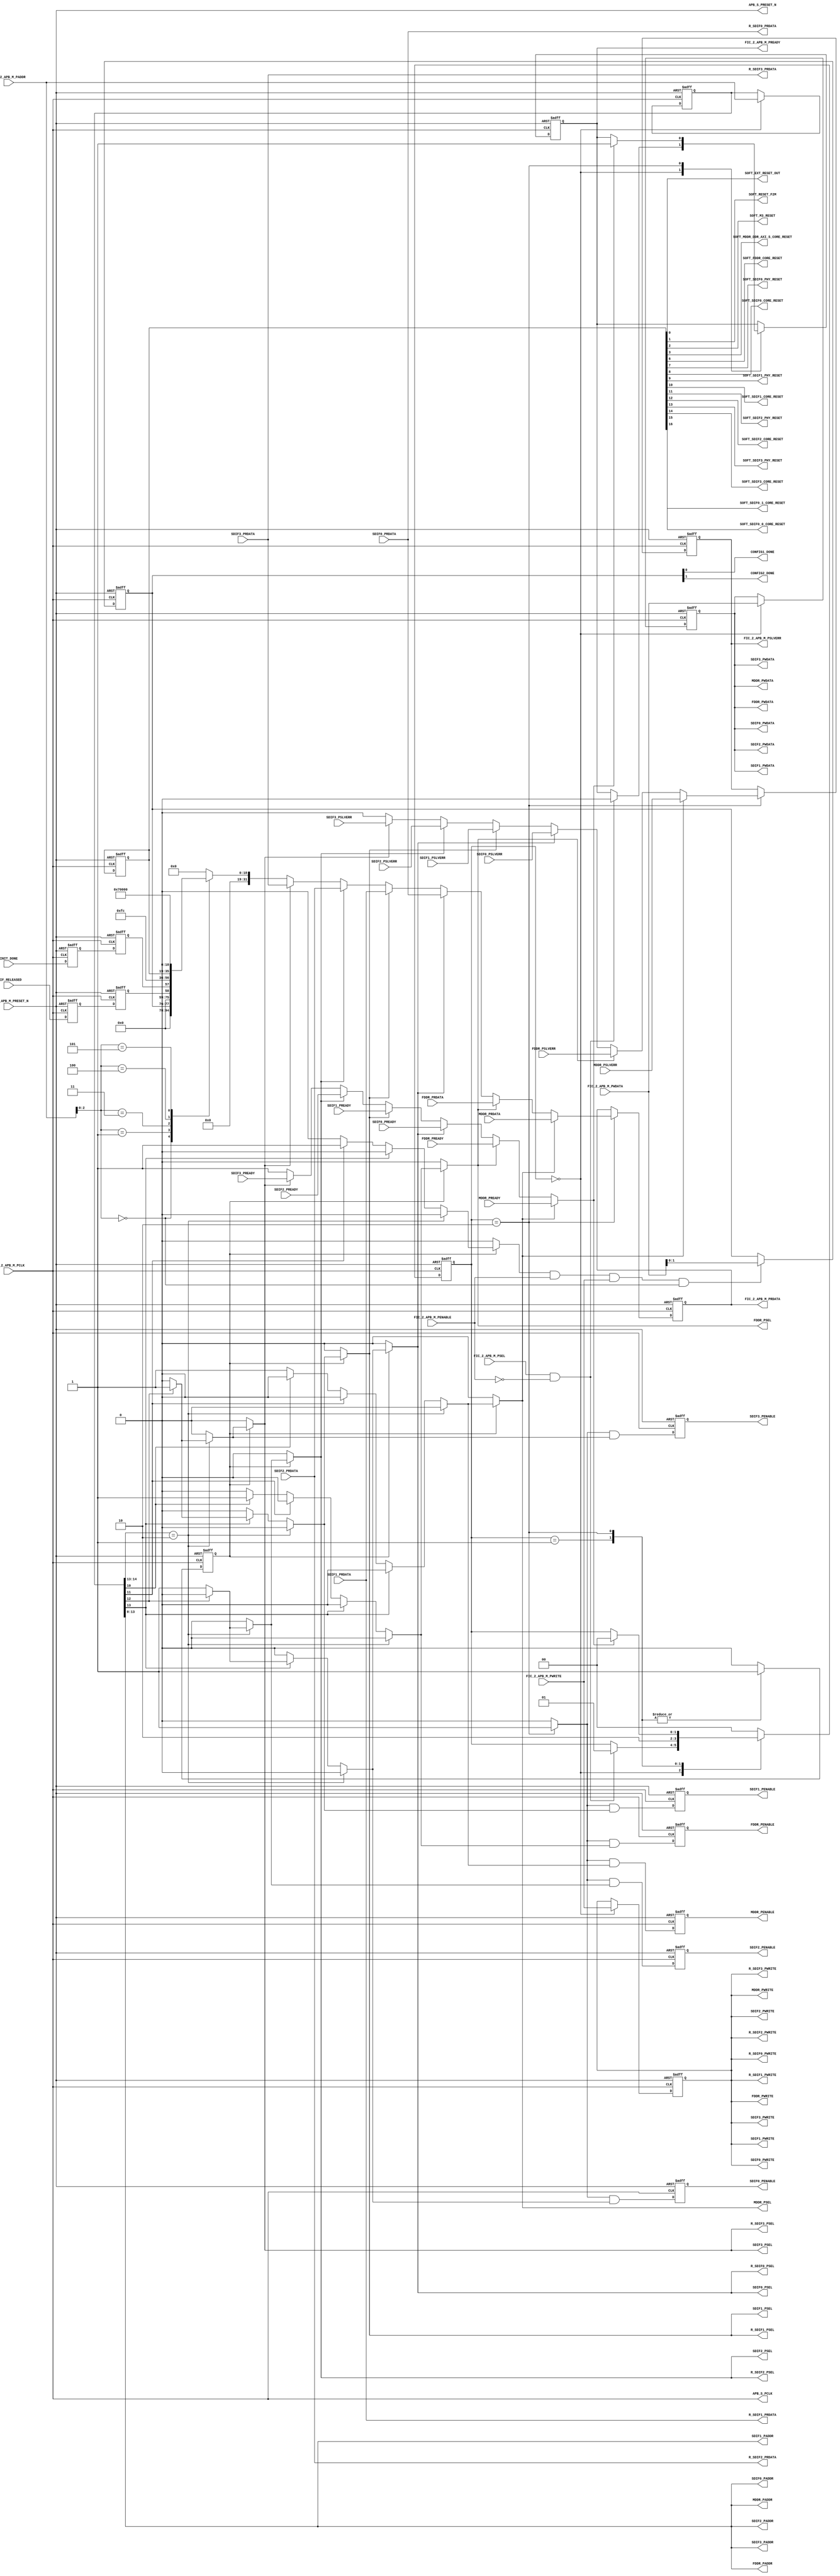
// ***********************************************************************/
// Microsemi Corporation Proprietary and Confidential
// Copyright 2013 Microsemi Corporation.  All rights reserved.
//
// ANY USE OR REDISTRIBUTION IN PART OR IN WHOLE MUST BE HANDLED IN
// ACCORDANCE WITH THE ACTEL LICENSE AGREEMENT AND MUST BE APPROVED
// IN ADVANCE IN WRITING.
//
// Description:	CoreConfigP
//				Soft IP core for facilitating configuration of peripheral
//              blocks (MDDR, FDDR, SERDESIF) in a SmartFusion2 or IGLOO2
//              device.
//
// SVN Revision Information:
// SVN $Revision: 22264 $
// SVN $Date: 2014-04-02 15:55:11 +0100 (Wed, 02 Apr 2014) $
//
// Notes:
//
// ***********************************************************************/

module CoreConfigP (
    // APB_2 interface
    input               FIC_2_APB_M_PRESET_N,
    input               FIC_2_APB_M_PCLK,
    input               FIC_2_APB_M_PSEL,
    input               FIC_2_APB_M_PENABLE,
    input               FIC_2_APB_M_PWRITE,
    input        [16:2] FIC_2_APB_M_PADDR,
    input        [31:0] FIC_2_APB_M_PWDATA,
    output  reg  [31:0] FIC_2_APB_M_PRDATA,
    output  reg         FIC_2_APB_M_PREADY,
    output  reg         FIC_2_APB_M_PSLVERR,
    // Clock and reset to slaves
    output  reg         APB_S_PCLK,
    output  reg         APB_S_PRESET_N,
    // MDDR
    output  reg         MDDR_PSEL,
    output  reg         MDDR_PENABLE,
    output  reg         MDDR_PWRITE,
    output  reg  [15:2] MDDR_PADDR,
    output  reg  [31:0] MDDR_PWDATA,
    input        [31:0] MDDR_PRDATA,
    input               MDDR_PREADY,
    input               MDDR_PSLVERR,
    // FDDR
    output  reg         FDDR_PSEL,
    output  reg         FDDR_PENABLE,
    output  reg         FDDR_PWRITE,
    output  reg  [15:2] FDDR_PADDR,
    output  reg  [31:0] FDDR_PWDATA,
    input        [31:0] FDDR_PRDATA,
    input               FDDR_PREADY,
    input               FDDR_PSLVERR,
    // SERDESIF_0
    output  reg         SDIF0_PSEL,
    output  reg         SDIF0_PENABLE,
    output  reg         SDIF0_PWRITE,
    output  reg  [15:2] SDIF0_PADDR,
    output  reg  [31:0] SDIF0_PWDATA,
    input        [31:0] SDIF0_PRDATA,
    input               SDIF0_PREADY,
    input               SDIF0_PSLVERR,
    // SERDESIF_1
    output  reg         SDIF1_PSEL,
    output  reg         SDIF1_PENABLE,
    output  reg         SDIF1_PWRITE,
    output  reg  [15:2] SDIF1_PADDR,
    output  reg  [31:0] SDIF1_PWDATA,
    input        [31:0] SDIF1_PRDATA,
    input               SDIF1_PREADY,
    input               SDIF1_PSLVERR,
    // SERDESIF_2
    output  reg         SDIF2_PSEL,
    output  reg         SDIF2_PENABLE,
    output  reg         SDIF2_PWRITE,
    output  reg  [15:2] SDIF2_PADDR,
    output  reg  [31:0] SDIF2_PWDATA,
    input        [31:0] SDIF2_PRDATA,
    input               SDIF2_PREADY,
    input               SDIF2_PSLVERR,
    // SERDESIF_3
    output  reg         SDIF3_PSEL,
    output  reg         SDIF3_PENABLE,
    output  reg         SDIF3_PWRITE,
    output  reg  [15:2] SDIF3_PADDR,
    output  reg  [31:0] SDIF3_PWDATA,
    input        [31:0] SDIF3_PRDATA,
    input               SDIF3_PREADY,
    input               SDIF3_PSLVERR,
    // Some SDIF APB port signals are replicated for connection to
    // CoreResetP. The PRDATA buses from the SDIF blocks carry status
    // information when a read is not in progress, and this status info
    // is used within CoreResetP.
    output  reg         R_SDIF0_PSEL,
    output  reg         R_SDIF0_PWRITE,
    output  reg  [31:0] R_SDIF0_PRDATA,
    output  reg         R_SDIF1_PSEL,
    output  reg         R_SDIF1_PWRITE,
    output  reg  [31:0] R_SDIF1_PRDATA,
    output  reg         R_SDIF2_PSEL,
    output  reg         R_SDIF2_PWRITE,
    output  reg  [31:0] R_SDIF2_PRDATA,
    output  reg         R_SDIF3_PSEL,
    output  reg         R_SDIF3_PWRITE,
    output  reg  [31:0] R_SDIF3_PRDATA,

    output  reg         CONFIG1_DONE,
    input               SDIF_RELEASED,
    output  reg         CONFIG2_DONE,
    input               INIT_DONE,

    output  reg         SOFT_EXT_RESET_OUT,
    output  reg         SOFT_RESET_F2M,
    output  reg         SOFT_M3_RESET,
    output  reg         SOFT_MDDR_DDR_AXI_S_CORE_RESET,
    output  reg         SOFT_FDDR_CORE_RESET,
    output  reg         SOFT_SDIF0_PHY_RESET,
    output  reg         SOFT_SDIF0_CORE_RESET,
    output  reg         SOFT_SDIF1_PHY_RESET,
    output  reg         SOFT_SDIF1_CORE_RESET,
    output  reg         SOFT_SDIF2_PHY_RESET,
    output  reg         SOFT_SDIF2_CORE_RESET,
    output  reg         SOFT_SDIF3_PHY_RESET,
    output  reg         SOFT_SDIF3_CORE_RESET,
    // The following two signals are used when targeting an 090/7500 device
    // which has two PCIe controllers within a single SERDES interface
    // block.
    output  reg         SOFT_SDIF0_0_CORE_RESET,
    output  reg         SOFT_SDIF0_1_CORE_RESET
    );

    parameter FAMILY = 19;

    // Use the following parameters to indicate whether or not a particular
    // peripheral block is being used.
    parameter MDDR_IN_USE  = 1;
    parameter FDDR_IN_USE  = 1;
    parameter SDIF0_IN_USE = 1;
    parameter SDIF1_IN_USE = 1;
    parameter SDIF2_IN_USE = 1;
    parameter SDIF3_IN_USE = 1;

    // Following are used to indicate if a particular SDIF block is used
    // for PCIe.
    parameter SDIF0_PCIE   = 0;
    parameter SDIF1_PCIE   = 0;
    parameter SDIF2_PCIE   = 0;
    parameter SDIF3_PCIE   = 0;

    // Set the following parameter to 1 to include the SOFT_RESET control
    // register. This is used to control SOFT_* outputs.
    // These outputs can be used in CoreResetP to directly control its
    // various reset outputs.
    parameter ENABLE_SOFT_RESETS = 0;

    // Set the DEVICE_090 parameter to 1 when an 090/7500 device is being
    // targeted, otherwise set to 0.
    // When DEVICE_090 = 1, the address space normally allocated to
    // SERDESIF_0 and SERDESIF_1 is allocated to SERDESIF_0 only. This is
    // to support the SERDES interface used in the 090/7500 device which
    // contains two PCIe controllers. The extra address space allows the
    // two PCIe controllers to be accessed.
    // (An extra configuration address bit is taken into the SERDES
    //  interface on an 090/7500 device. The SERDES block used in this
    //  device gets address bits [14:2] whereas the SERDES blocks in other
    //  devices receive address bits [13:2].)
    parameter DEVICE_090    = 0;

    // A read only version register is used to inform software of the
    // capabilities of this core. For example, versions prior to 7.0
    // did not have an SDIF_RELEASED status bit, so any software that polls
    // this bit would hang if used with an earlier version of the core.
    localparam VERSION_MAJOR = 7;
    localparam VERSION_MINOR = 0;

    localparam [15:0] VERSION_MAJOR_VECTOR = VERSION_MAJOR;
    localparam [15:0] VERSION_MINOR_VECTOR = VERSION_MINOR;

    // Parameters for state machine states
    localparam          S0 = 2'b00;
    localparam          S1 = 2'b01;
    localparam          S2 = 2'b10;

    reg          [1:0]  state;
    reg          [1:0]  next_state;
    reg                 next_FIC_2_APB_M_PREADY;
    reg                 psel;
    reg                 d_psel;
    reg                 d_penable;
    reg                 pready;
    reg                 pslverr;
    reg         [31:0]  prdata;
    reg         [31:0]  int_prdata;
    reg                 int_psel;
    reg          [1:0]  control_reg_1;
    reg         [16:0]  soft_reset_reg;
    reg         [16:2]  paddr;
    reg         [31:0]  pwdata;
    reg                 pwrite;
    reg                 mddr_sel;
    reg                 fddr_sel;
    reg                 sdif0_sel;
    reg                 sdif1_sel;
    reg                 sdif2_sel;
    reg                 sdif3_sel;
    reg                 int_sel;
    reg                 INIT_DONE_q1;
    reg                 INIT_DONE_q2;
    reg                 SDIF_RELEASED_q1;
    reg                 SDIF_RELEASED_q2;

    //---------------------------------------------------------------------
    // SDIF related APB signals for connection to CoreResetP.
    // The PRDATA buses from the SDIF blocks carry status information when
    // a read is not in progress, and this status info is used within
    // CoreResetP.
    //---------------------------------------------------------------------
    always @(*)
    begin
        R_SDIF0_PSEL    = SDIF0_PSEL;
        R_SDIF0_PWRITE  = SDIF0_PWRITE;
        R_SDIF0_PRDATA  = SDIF0_PRDATA;
        R_SDIF1_PSEL    = SDIF1_PSEL;
        R_SDIF1_PWRITE  = SDIF1_PWRITE;
        R_SDIF1_PRDATA  = SDIF1_PRDATA;
        R_SDIF2_PSEL    = SDIF2_PSEL;
        R_SDIF2_PWRITE  = SDIF2_PWRITE;
        R_SDIF2_PRDATA  = SDIF2_PRDATA;
        R_SDIF3_PSEL    = SDIF3_PSEL;
        R_SDIF3_PWRITE  = SDIF3_PWRITE;
        R_SDIF3_PRDATA  = SDIF3_PRDATA;
    end

    //---------------------------------------------------------------------
    // Drive APB_S_PCLK signal to slaves.
    //---------------------------------------------------------------------
    always @(*)
    begin
        APB_S_PCLK = FIC_2_APB_M_PCLK;
    end

    //---------------------------------------------------------------------
    // Drive APB_S_PRESET_N signal to slaves.
    //---------------------------------------------------------------------
    always @(*)
    begin
        APB_S_PRESET_N = FIC_2_APB_M_PRESET_N;
    end

    //---------------------------------------------------------------------
    // PADDR, PWRITE and PWDATA from master registered before passing on to
    // slaves.
    //---------------------------------------------------------------------
    always @(posedge FIC_2_APB_M_PCLK or negedge FIC_2_APB_M_PRESET_N)
    begin
        if (!FIC_2_APB_M_PRESET_N)
        begin
            paddr  <= 15'b0;
            pwrite <= 1'b0;
            pwdata <= 32'b0;
        end
        else
        begin
            if (state == S0)
            begin
                paddr  <= FIC_2_APB_M_PADDR;
                pwrite <= FIC_2_APB_M_PWRITE;
                pwdata <= FIC_2_APB_M_PWDATA;
            end
        end
    end

    always @(*)
    begin
        MDDR_PADDR   = paddr[15:2];
        FDDR_PADDR   = paddr[15:2];
        SDIF0_PADDR  = paddr[15:2];
        SDIF1_PADDR  = paddr[15:2];
        SDIF2_PADDR  = paddr[15:2];
        SDIF3_PADDR  = paddr[15:2];
        MDDR_PWRITE  = pwrite;
        FDDR_PWRITE  = pwrite;
        SDIF0_PWRITE = pwrite;
        SDIF1_PWRITE = pwrite;
        SDIF2_PWRITE = pwrite;
        SDIF3_PWRITE = pwrite;
        MDDR_PWDATA  = pwdata;
        FDDR_PWDATA  = pwdata;
        SDIF0_PWDATA = pwdata;
        SDIF1_PWDATA = pwdata;
        SDIF2_PWDATA = pwdata;
        SDIF3_PWDATA = pwdata;
    end

    //---------------------------------------------------------------------
    // Decode master address to produce slave selects
    //---------------------------------------------------------------------

    //                                                  111111     111111
    //                                                  54321098   54321098
    // --------------------------------------------------------------------
    // 090/7500 device
    // ---------------
    // MDDR         0x40020000 - 0x40020FFF             00000000 - 00001111
    // FDDR         0x40021000 - 0x40021FFF             00010000 - 00011111
    // Internal     0x40022000 - 0x40023FFF             00100000 - 00111111
    // (Unused)     0x40024000 - 0x40027FFF             01000000 - 01111111
    // SERDESIF_0   0x40028000 - 0x4002FFFF (32 KB)     10000000 - 11111111
    //
    // Devices other than 090/7500 or 150/12000
    // ----------------------------------------
    // MDDR         0x40020000 - 0x40020FFF             00000000 - 00001111
    // FDDR         0x40021000 - 0x40021FFF             00010000 - 00011111
    // Internal     0x40022000 - 0x40023FFF             00100000 - 00111111
    // (Unused)     0x40024000 - 0x40027FFF             01000000 - 01111111
    // SERDESIF_0   0x40028000 - 0x4002BFFF (16 KB)     10000000 - 10111111
    // SERDESIF_1   0x4002C000 - 0x4002FFFF (16 KB)     11000000 - 11111111
    //
    // 150/12000 device
    // ----------------
    // MDDR         0x40020000 - 0x40020FFF             00000000 - 00001111
    // FDDR         0x40021000 - 0x40021FFF             00010000 - 00011111
    // Internal     0x40022000 - 0x40023FFF             00100000 - 00111111
    // (Unused)     0x40024000 - 0x40027FFF             01000000 - 01111111
    // SERDESIF_0   0x40028000 - 0x4002BFFF (16 KB)     10000000 - 10111111
    // SERDESIF_1   0x4002C000 - 0x4002FFFF (16 KB)     11000000 - 11111111
    // SERDESIF_2   0x40030000 - 0x40033FFF (16 KB)    100000000 -100111111
    // SERDESIF_3   0x40034000 - 0x40037FFF (16 KB)    101000000 -101111111
    //
    //
    // Note: System registers (not particular to this block) begin
    //       at address 0x40038000 in the system memory map.
    //
    // Note: Aliases of MDDR, FDDR and internal registers will appear
    //       in the address space labelled Unused above.
    // --------------------------------------------------------------------
    always @(*)
    begin
        mddr_sel  = 1'b0;
        fddr_sel  = 1'b0;
        int_sel   = 1'b0;
        sdif0_sel = 1'b0;
        sdif1_sel = 1'b0;
        sdif2_sel = 1'b0;
        sdif3_sel = 1'b0;
        if (paddr[16:15] == 2'b10)
        begin
            if (paddr[14] == 1'b1)
                sdif3_sel = 1'b1;
            else
                sdif2_sel = 1'b1;
        end
        else
        begin
            if (paddr[15] == 1'b1)
            begin
                if (DEVICE_090 == 1)
                begin
                    sdif0_sel = 1'b1;
                end
                else
                begin
                    if (paddr[14] == 1'b1)
                        sdif1_sel = 1'b1;
                    else
                        sdif0_sel = 1'b1;
                end
            end
            else
            begin
                if (paddr[13] == 1'b1)
                    int_sel = 1'b1;
                else
                    if (paddr[12] == 1'b1)
                        fddr_sel = 1'b1;
                    else
                        mddr_sel = 1'b1;
            end
        end
    end

    always @(*)
    begin
        if (psel)
        begin
            MDDR_PSEL  = mddr_sel;
            FDDR_PSEL  = fddr_sel;
            SDIF0_PSEL = sdif0_sel;
            SDIF1_PSEL = sdif1_sel;
            SDIF2_PSEL = sdif2_sel;
            SDIF3_PSEL = sdif3_sel;
            int_psel   = int_sel;
        end
        else
        begin
            MDDR_PSEL  = 1'b0;
            FDDR_PSEL  = 1'b0;
            SDIF0_PSEL = 1'b0;
            SDIF1_PSEL = 1'b0;
            SDIF2_PSEL = 1'b0;
            SDIF3_PSEL = 1'b0;
            int_psel   = 1'b0;
        end
    end

    //---------------------------------------------------------------------
    // State machine
    //---------------------------------------------------------------------
    always @(*)
    begin
        next_state = state;
        next_FIC_2_APB_M_PREADY = FIC_2_APB_M_PREADY;
        d_psel = 1'b0;
        d_penable = 1'b0;
        case (state)
            S0:
            begin
                if (FIC_2_APB_M_PSEL && !FIC_2_APB_M_PENABLE)
                begin
                    next_state = S1;
                    next_FIC_2_APB_M_PREADY = 1'b0;
                end
            end
            S1:
            begin
                next_state = S2;
                d_psel = 1'b1;
            end
            S2:
            begin
                d_psel = 1'b1;
                d_penable = 1'b1;
                if (pready)
                begin
                    next_FIC_2_APB_M_PREADY = 1'b1;
                    next_state = S0;
                end
            end
            default:
            begin
                next_state = S0;
            end
        endcase
    end

    always @(posedge FIC_2_APB_M_PCLK or negedge FIC_2_APB_M_PRESET_N)
    begin
        if (!FIC_2_APB_M_PRESET_N)
        begin
            state <= S0;
            FIC_2_APB_M_PREADY <= 1'b1;
        end
        else
        begin
            state <= next_state;
            FIC_2_APB_M_PREADY <= next_FIC_2_APB_M_PREADY;
        end
    end

    always @(negedge FIC_2_APB_M_PCLK or negedge FIC_2_APB_M_PRESET_N)
    begin
        if (!FIC_2_APB_M_PRESET_N)
        begin
            psel <= 1'b0;
            MDDR_PENABLE  <= 1'b0;
            FDDR_PENABLE  <= 1'b0;
            SDIF0_PENABLE <= 1'b0;
            SDIF1_PENABLE <= 1'b0;
            SDIF2_PENABLE <= 1'b0;
            SDIF3_PENABLE <= 1'b0;
        end
        else
        begin
            psel <= d_psel;
            MDDR_PENABLE  <= d_penable && mddr_sel;
            FDDR_PENABLE  <= d_penable && fddr_sel;
            SDIF0_PENABLE <= d_penable && sdif0_sel;
            SDIF1_PENABLE <= d_penable && sdif1_sel;
            SDIF2_PENABLE <= d_penable && sdif2_sel;
            SDIF3_PENABLE <= d_penable && sdif3_sel;
        end
    end
    //---------------------------------------------------------------------

    //---------------------------------------------------------------------
    // Mux signals from slaves.
    //---------------------------------------------------------------------
    always @(*)
    begin
        casez ({MDDR_PSEL,FDDR_PSEL,SDIF0_PSEL,SDIF1_PSEL,SDIF2_PSEL,SDIF3_PSEL,int_psel})
            7'b1??????:
            begin
                prdata  = MDDR_PRDATA;
                pslverr = MDDR_PSLVERR;
                pready  = MDDR_PREADY;
            end
            7'b?1?????:
            begin
                prdata  = FDDR_PRDATA;
                pslverr = FDDR_PSLVERR;
                pready  = FDDR_PREADY;
            end
            7'b??1????:
            begin
                prdata  = SDIF0_PRDATA;
                pslverr = SDIF0_PSLVERR;
                pready  = SDIF0_PREADY;
            end
            7'b???1???:
            begin
                prdata  = SDIF1_PRDATA;
                pslverr = SDIF1_PSLVERR;
                pready  = SDIF1_PREADY;
            end
            7'b????1??:
            begin
                prdata  = SDIF2_PRDATA;
                pslverr = SDIF2_PSLVERR;
                pready  = SDIF2_PREADY;
            end
            7'b?????1?:
            begin
                prdata  = SDIF3_PRDATA;
                pslverr = SDIF3_PSLVERR;
                pready  = SDIF3_PREADY;
            end
            7'b??????1:
            begin
                prdata  = int_prdata;
                pslverr = 1'b0;
                pready  = 1'b1;
            end
            default:
            begin
                prdata  = int_prdata;
                pslverr = 1'b0;
                pready  = 1'b1;
            end
        endcase
    end

    //---------------------------------------------------------------------
    // Register read data from slaves.
    //---------------------------------------------------------------------
    always @(posedge FIC_2_APB_M_PCLK or negedge FIC_2_APB_M_PRESET_N)
    begin
        if (!FIC_2_APB_M_PRESET_N)
        begin
            FIC_2_APB_M_PRDATA   <= 32'b0;
            FIC_2_APB_M_PSLVERR  <= 1'b0;
        end
        else
        begin
            if (state == S2)
            begin
                FIC_2_APB_M_PRDATA   <= prdata;
                FIC_2_APB_M_PSLVERR  <= pslverr;
            end
        end
    end

    //---------------------------------------------------------------------
    // Synchronize INIT_DONE input to FIC_2_APB_M_PCLK domain.
    //---------------------------------------------------------------------
    always @(posedge FIC_2_APB_M_PCLK or negedge FIC_2_APB_M_PRESET_N)
    begin
        if (!FIC_2_APB_M_PRESET_N)
        begin
            INIT_DONE_q1 <= 1'b0;
            INIT_DONE_q2 <= 1'b0;
        end
        else
        begin
            INIT_DONE_q1 <= INIT_DONE;
            INIT_DONE_q2 <= INIT_DONE_q1;
        end
    end

    //---------------------------------------------------------------------
    // Synchronize SDIF_RELEASED input to FIC_2_APB_M_PCLK domain.
    //---------------------------------------------------------------------
    always @(posedge FIC_2_APB_M_PCLK or negedge FIC_2_APB_M_PRESET_N)
    begin
        if (!FIC_2_APB_M_PRESET_N)
        begin
            SDIF_RELEASED_q1 <= 1'b0;
            SDIF_RELEASED_q2 <= 1'b0;
        end
        else
        begin
            SDIF_RELEASED_q1 <= SDIF_RELEASED;
            SDIF_RELEASED_q2 <= SDIF_RELEASED_q1;
        end
    end

    //---------------------------------------------------------------------
    // Internal registers
    //---------------------------------------------------------------------
    // Control register 1
    //    [0] = CONFIG1_DONE
    //    [1] = CONFIG2_DONE
    always @(posedge FIC_2_APB_M_PCLK or negedge FIC_2_APB_M_PRESET_N)
    begin
        if (!FIC_2_APB_M_PRESET_N)
        begin
            control_reg_1 <= 2'b0;
        end
        else
        begin
            if (int_psel && FIC_2_APB_M_PENABLE && FIC_2_APB_M_PWRITE
                && (FIC_2_APB_M_PADDR[4:2] == 3'b000)
            )
            begin
                control_reg_1 <= FIC_2_APB_M_PWDATA[1:0];
            end
        end
    end
    always @(*)
    begin
        CONFIG1_DONE = control_reg_1[0];
        CONFIG2_DONE = control_reg_1[1];
    end

    // Soft reset control register
    always @(posedge FIC_2_APB_M_PCLK or negedge FIC_2_APB_M_PRESET_N)
    begin
        if (!FIC_2_APB_M_PRESET_N)
        begin
            soft_reset_reg <= 17'b0;
        end
        else
        begin
            if (ENABLE_SOFT_RESETS == 1)
            begin
                if (int_psel && FIC_2_APB_M_PENABLE && FIC_2_APB_M_PWRITE
                    && (FIC_2_APB_M_PADDR[4:2] == 3'b100)
                )
                begin
                    soft_reset_reg <= FIC_2_APB_M_PWDATA[16:0];
                end
            end
        end
    end
    always @(*)
    begin
        SOFT_EXT_RESET_OUT             = soft_reset_reg[ 0];
        SOFT_RESET_F2M                 = soft_reset_reg[ 1];
        SOFT_M3_RESET                  = soft_reset_reg[ 2];
        SOFT_MDDR_DDR_AXI_S_CORE_RESET = soft_reset_reg[ 3];
        //SOFT_FAB_RESET                 = soft_reset_reg[ 4];
        //SOFT_USER_FAB_RESET            = soft_reset_reg[ 5];
        SOFT_FDDR_CORE_RESET           = soft_reset_reg[ 6];
        SOFT_SDIF0_PHY_RESET           = soft_reset_reg[ 7];
        SOFT_SDIF0_CORE_RESET          = soft_reset_reg[ 8];
        SOFT_SDIF1_PHY_RESET           = soft_reset_reg[ 9];
        SOFT_SDIF1_CORE_RESET          = soft_reset_reg[10];
        SOFT_SDIF2_PHY_RESET           = soft_reset_reg[11];
        SOFT_SDIF2_CORE_RESET          = soft_reset_reg[12];
        SOFT_SDIF3_PHY_RESET           = soft_reset_reg[13];
        SOFT_SDIF3_CORE_RESET          = soft_reset_reg[14];
        // The following two signals are used when targeting an 090/7500
        // device which has two PCIe controllers within a single SERDES
        // interface block.
        SOFT_SDIF0_0_CORE_RESET        = soft_reset_reg[15];
        SOFT_SDIF0_1_CORE_RESET        = soft_reset_reg[16];
    end

    // Read data from internal registers
    always @(*)
    begin
        case (FIC_2_APB_M_PADDR[4:2])
            3'b000: int_prdata = {30'b0, control_reg_1}; // CTRL_REG_1
            3'b001: int_prdata = {30'b0, SDIF_RELEASED_q2, INIT_DONE_q2};  // STATUS_REG
            3'b010: int_prdata = 32'b0; // Used to be CTRL_REG_2
            3'b011: int_prdata = { // Read only Configuration Status Register
                                  26'b0,
                                  (MDDR_IN_USE  == 1),
                                  (FDDR_IN_USE  == 1),
                                  (SDIF3_IN_USE == 1),
                                  (SDIF2_IN_USE == 1),
                                  (SDIF1_IN_USE == 1),
                                  (SDIF0_IN_USE == 1)
                                 };
            3'b100: int_prdata = {15'b0, soft_reset_reg}; // SOFT_RESET_REG
            3'b101: int_prdata = {
                                    VERSION_MAJOR_VECTOR,   // [31:16]
                                    VERSION_MINOR_VECTOR    // [15: 0]
                                 };
            default: int_prdata = 32'b0;
        endcase
    end

endmodule